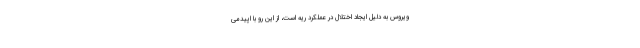
ویروس به دلیل ایجاد اختلال در عملکرد ریه است، از این رو با اپیدمی